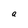
Character: a